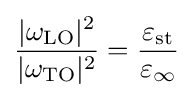
{\frac {|\omega _{\text{LO}}|^{2}}{|\omega _{\text{TO}}|^{2}}}={\frac {\varepsilon _{\text{st}}}{\varepsilon _{\infty }}}